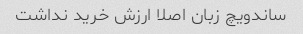
ساندویچ زبان اصلا ارزش خرید نداشت